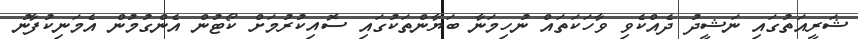
ޝަރީއަތުގައި ނަޝީދު ދެއްކެވި ވާހަކަތައް ނުހިމަނާ ބަޔާންތަކުގައި ސޮއިކުރުމަށް ކޯޓުން އެންގުމުން އެމަނިކުފާނު